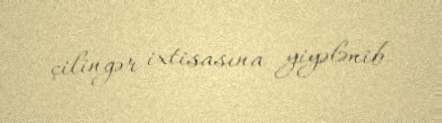
çilingər ixtisasına yiyələnib.